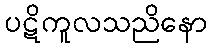
ပဋိကူလသညိနော